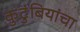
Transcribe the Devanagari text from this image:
कुटुंबियांचा